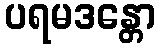
ပရမဒန္တော